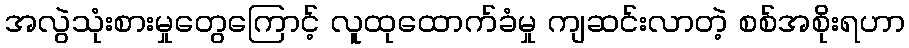
အလွဲသုံးစားမှုတွေကြောင့် လူထုထောက်ခံမှု ကျဆင်းလာတဲ့ စစ်အစိုးရဟာ